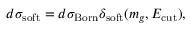
d \sigma _ { \mathrm { s o f t } } = d \sigma _ { \mathrm { B o r n } } \delta _ { \mathrm { s o f t } } ( m _ { g } , E _ { \mathrm { c u t } } ) ,